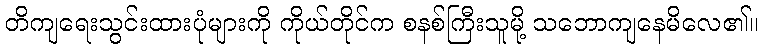
တိကျရေးသွင်းထားပုံများကို ကိုယ်တိုင်က စနစ်ကြီးသူမို့ သဘောကျနေမိလေ၏။